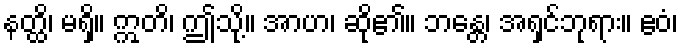
နတ္ထိ၊ မရှိ။ ဣတိ၊ ဤသို့။ အာဟ၊ ဆို၏။ ဘန္တေ၊ အရှင်ဘုရား။ ဧဝံ၊